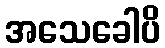
အသေခေါပိ